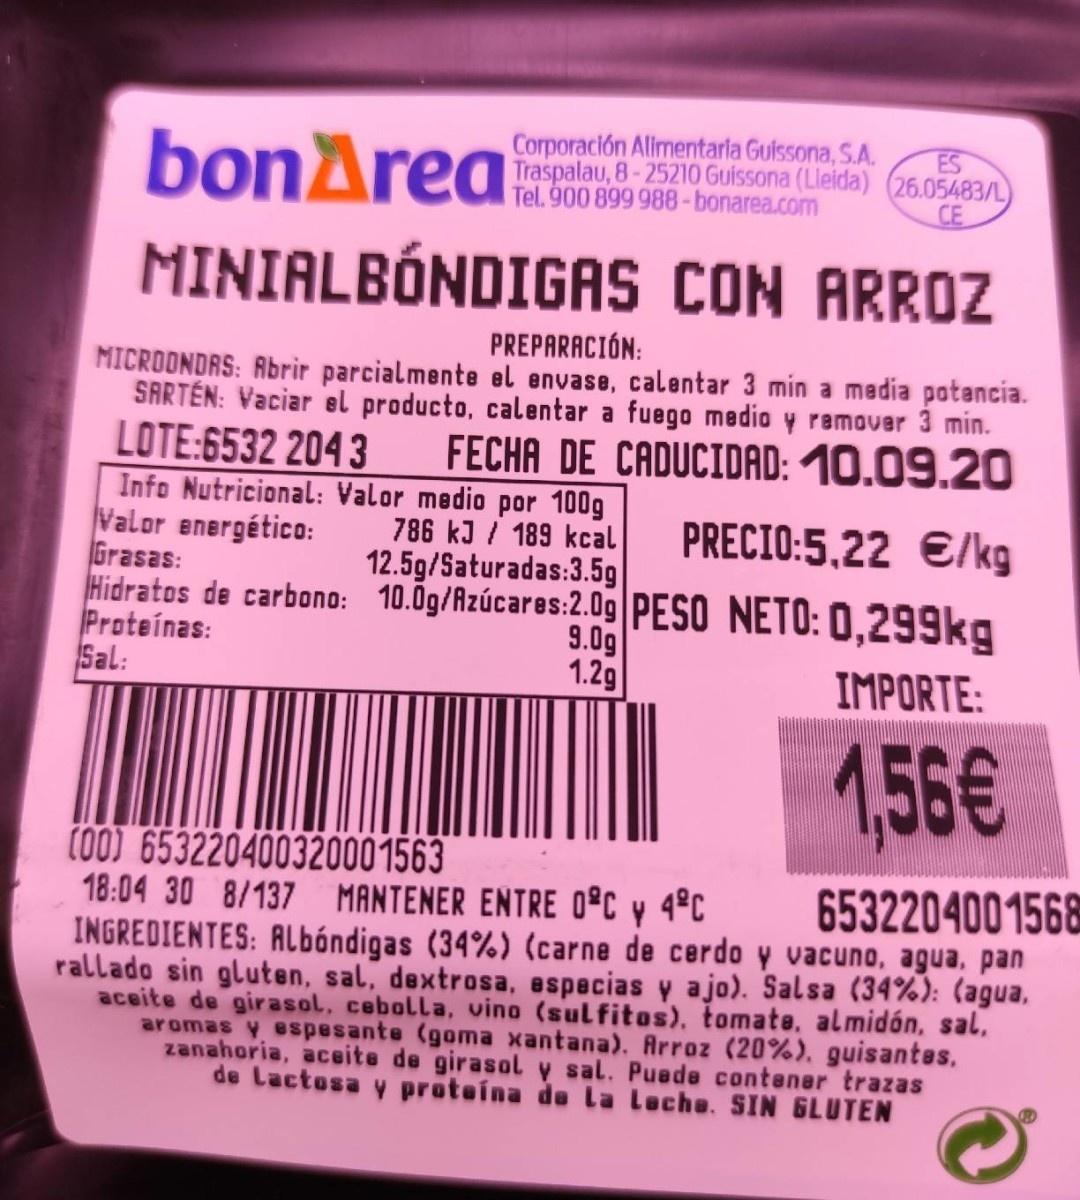
Corporación Alimentarla Guissona, S.A. Traspalau, 8-25210 Guissona (Lleida) (26.05483/L) Tel. 900 899 988-bonarea.com
ES
bonArea
CE
MINIALBÓNDIGAS CON ARROZ
PREPARACIÓN:
MICRODNDRS: Abrir parcialmente el envase, calentar 3 min a madia potancia. SARTÉN: Vaciar el producto, calentar a fuego medio y remover 3 min. LOTE:6532 2043 Info Nutricional: Valor medio por 100g Valor energético: Grasas: Hidratos de carbono: 10.0g/Azúcares:2.09 PESO NETO: 0,299kg Proteínas: Sal:
FECHA DE CADUCIDAD: 10.09.20
786 kJ / 189 kcal 12.5g/Saturadas:3.5g
PRECIO:5,22 €/kg
9.0g 1.2g
IMPORTE:
1,56€
tO0) 653220400320001563 18:04 30 8/137 MANTENER ENTRE O°C y 4°C
6532204001568
INGREDIENTES: ALbóndigas (34%) (carne de cerdo y vacuno, agua. pan rallado sin gluten, sal, dextrosa, especias y a jo). Salsa (34%): (agua, aceite de girasol, cebolla, vino (sulfitos), tomate, almidón, sal. aromas y espesante (goma xantana). Arroz (20%). guisantes, zanahoria, aceite de girasoly sal. Puade contener trazas
de Lactosa y proteina de la Leche. SIN GLUTEN